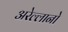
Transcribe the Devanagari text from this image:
अरेल्लानो